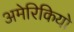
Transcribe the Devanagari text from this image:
अमेरिकियो